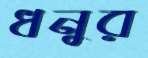
ধনুর